Distribution and causation of leprosy in British India
Year: 1875
Disease focus: Leprosy
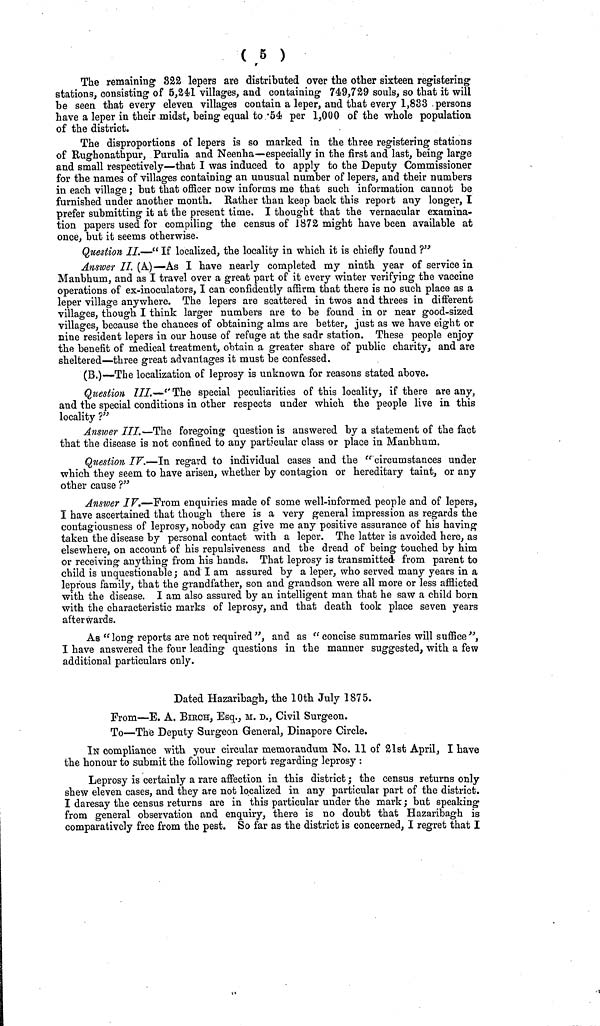
( 5 )
The remaining 822 lepers are distributed over the other sixteen registering
stations, consisting of 5,241 villages, and containing 74.9,729 souls, so that it will
be seen that every eleven villages contain a leper, and that every 1,833 persons
have a leper in their midst, being equal to '5e per 1,000 of the whole population
of the district.
The disproportions of lepers is so marked in the three registering stations
of Rughonathpur, Purulia and Neenha—especially in the first and last, being large
and small respectively—that I was induced to apply to the Deputy Commissioner
for the names of villages containing an unusual number of lepers, and their numbers
in each village ; but that officer now informs me that such information cannot be
furnished under another month. Rather than keep back this report any longer, I
prefer submitting it at the present time. I thought that the vernacular examina-
tion papers used for compiling the census of 1872 might have been available at
once, but it seems otherwise.
Question, IL—" If localized, the locality in which it is chiefly found ?"
Answer II. (A.)—As I have nearly completed my ninth year of service in
Manbhum, and as I travel over a great part of it every winter verifying the vaccine
operations of ex-inoculators, I can confidently affirm that there is no such place as a
leper village anywhere. The lepers are scattered in twos and threes in different
villages, though I think larger numbers are to be found in or near good-sized
villages, because the chances of obtaining alms are better, just as we have eight or
nine resident lepers in our house of refuge at the sadr station. These people enjoy
the benefit of medical treatment, obtain a greater share of public charity, and are
sheltered—three great advantages it must be confessed.
(B.)— The localization of leprosy is unknown for reasons stated above.
Question III.—'' The special peculiarities of this locality, if there are any,
and the special conditions in other respects under which the people live in this
locality ?"
Answer III.—The foregoing question is answered by a statement of the fact
that the disease is not confined to any particular class or place in Manbhum.
Question IF.—In regard to individual cases and the " circumstances under
which they seem to have arisen, whether by contagion or hereditary taint, or any
other cause ?"
Answer IF.—From enquiries made of some well-informed people and of lepers,
I have ascertained that though there is a very general impression as regards the
contagiousness of leprosy, nobody can give me any positive assurance of his having
taken the disease by personal contact with a leper. The latter is avoided here, as
elsewhere, on account of his repulsiveness and the dread of being touched by him
or receiving anything from his hands. That leprosy is transmitted from parent to
child is unquestionable; and I am assured by a leper, who served many years in a
leprous family, that the grandfather, son and grandson were all more or less afflicted
with the disease. I am also assured by an intelligent man that he saw a child born
with the characteristic marks of leprosy, and that death took place seven years
afterwards.
As "long reports are not required", and as "concise summaries will suffice·'·',
I have answered the four leading questions in the manner suggested, with a few
additional particulars only.
Dated Hazaribagh, the 10th July 1875.
From—E. A. BIRCH, Esq., M. D., Civil Surgeon.
To—The Deputy Surgeon General, Dinapore Circle.
IN compliance with your circular memorandum No. 11 of 21st April, I have
the honour to submit the following report regarding leprosy :
Leprosy is certainly a rare affection in this district ; the census returns only
shew eleven cases, and they are not localized in any particular part of the district.
I daresay the census returns are in this particular under the mark ; but speaking
from general observation and enquiry, there is no doubt that Hazaribagh is
comparatively free from the pest. So far as the district is concerned, I regret that I